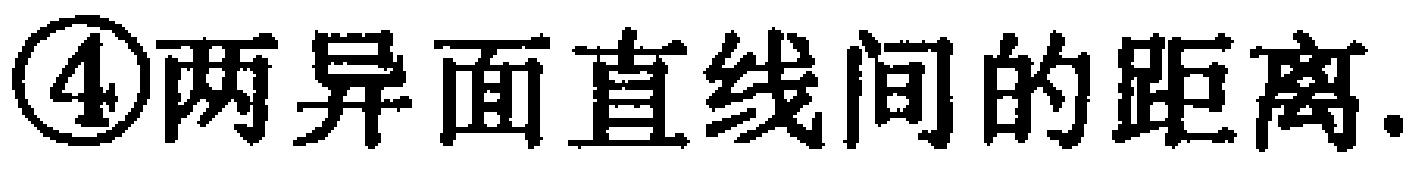
\textcircled{4}两异面直线间的距离.